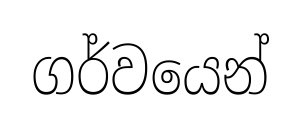
ගර්වයෙන්